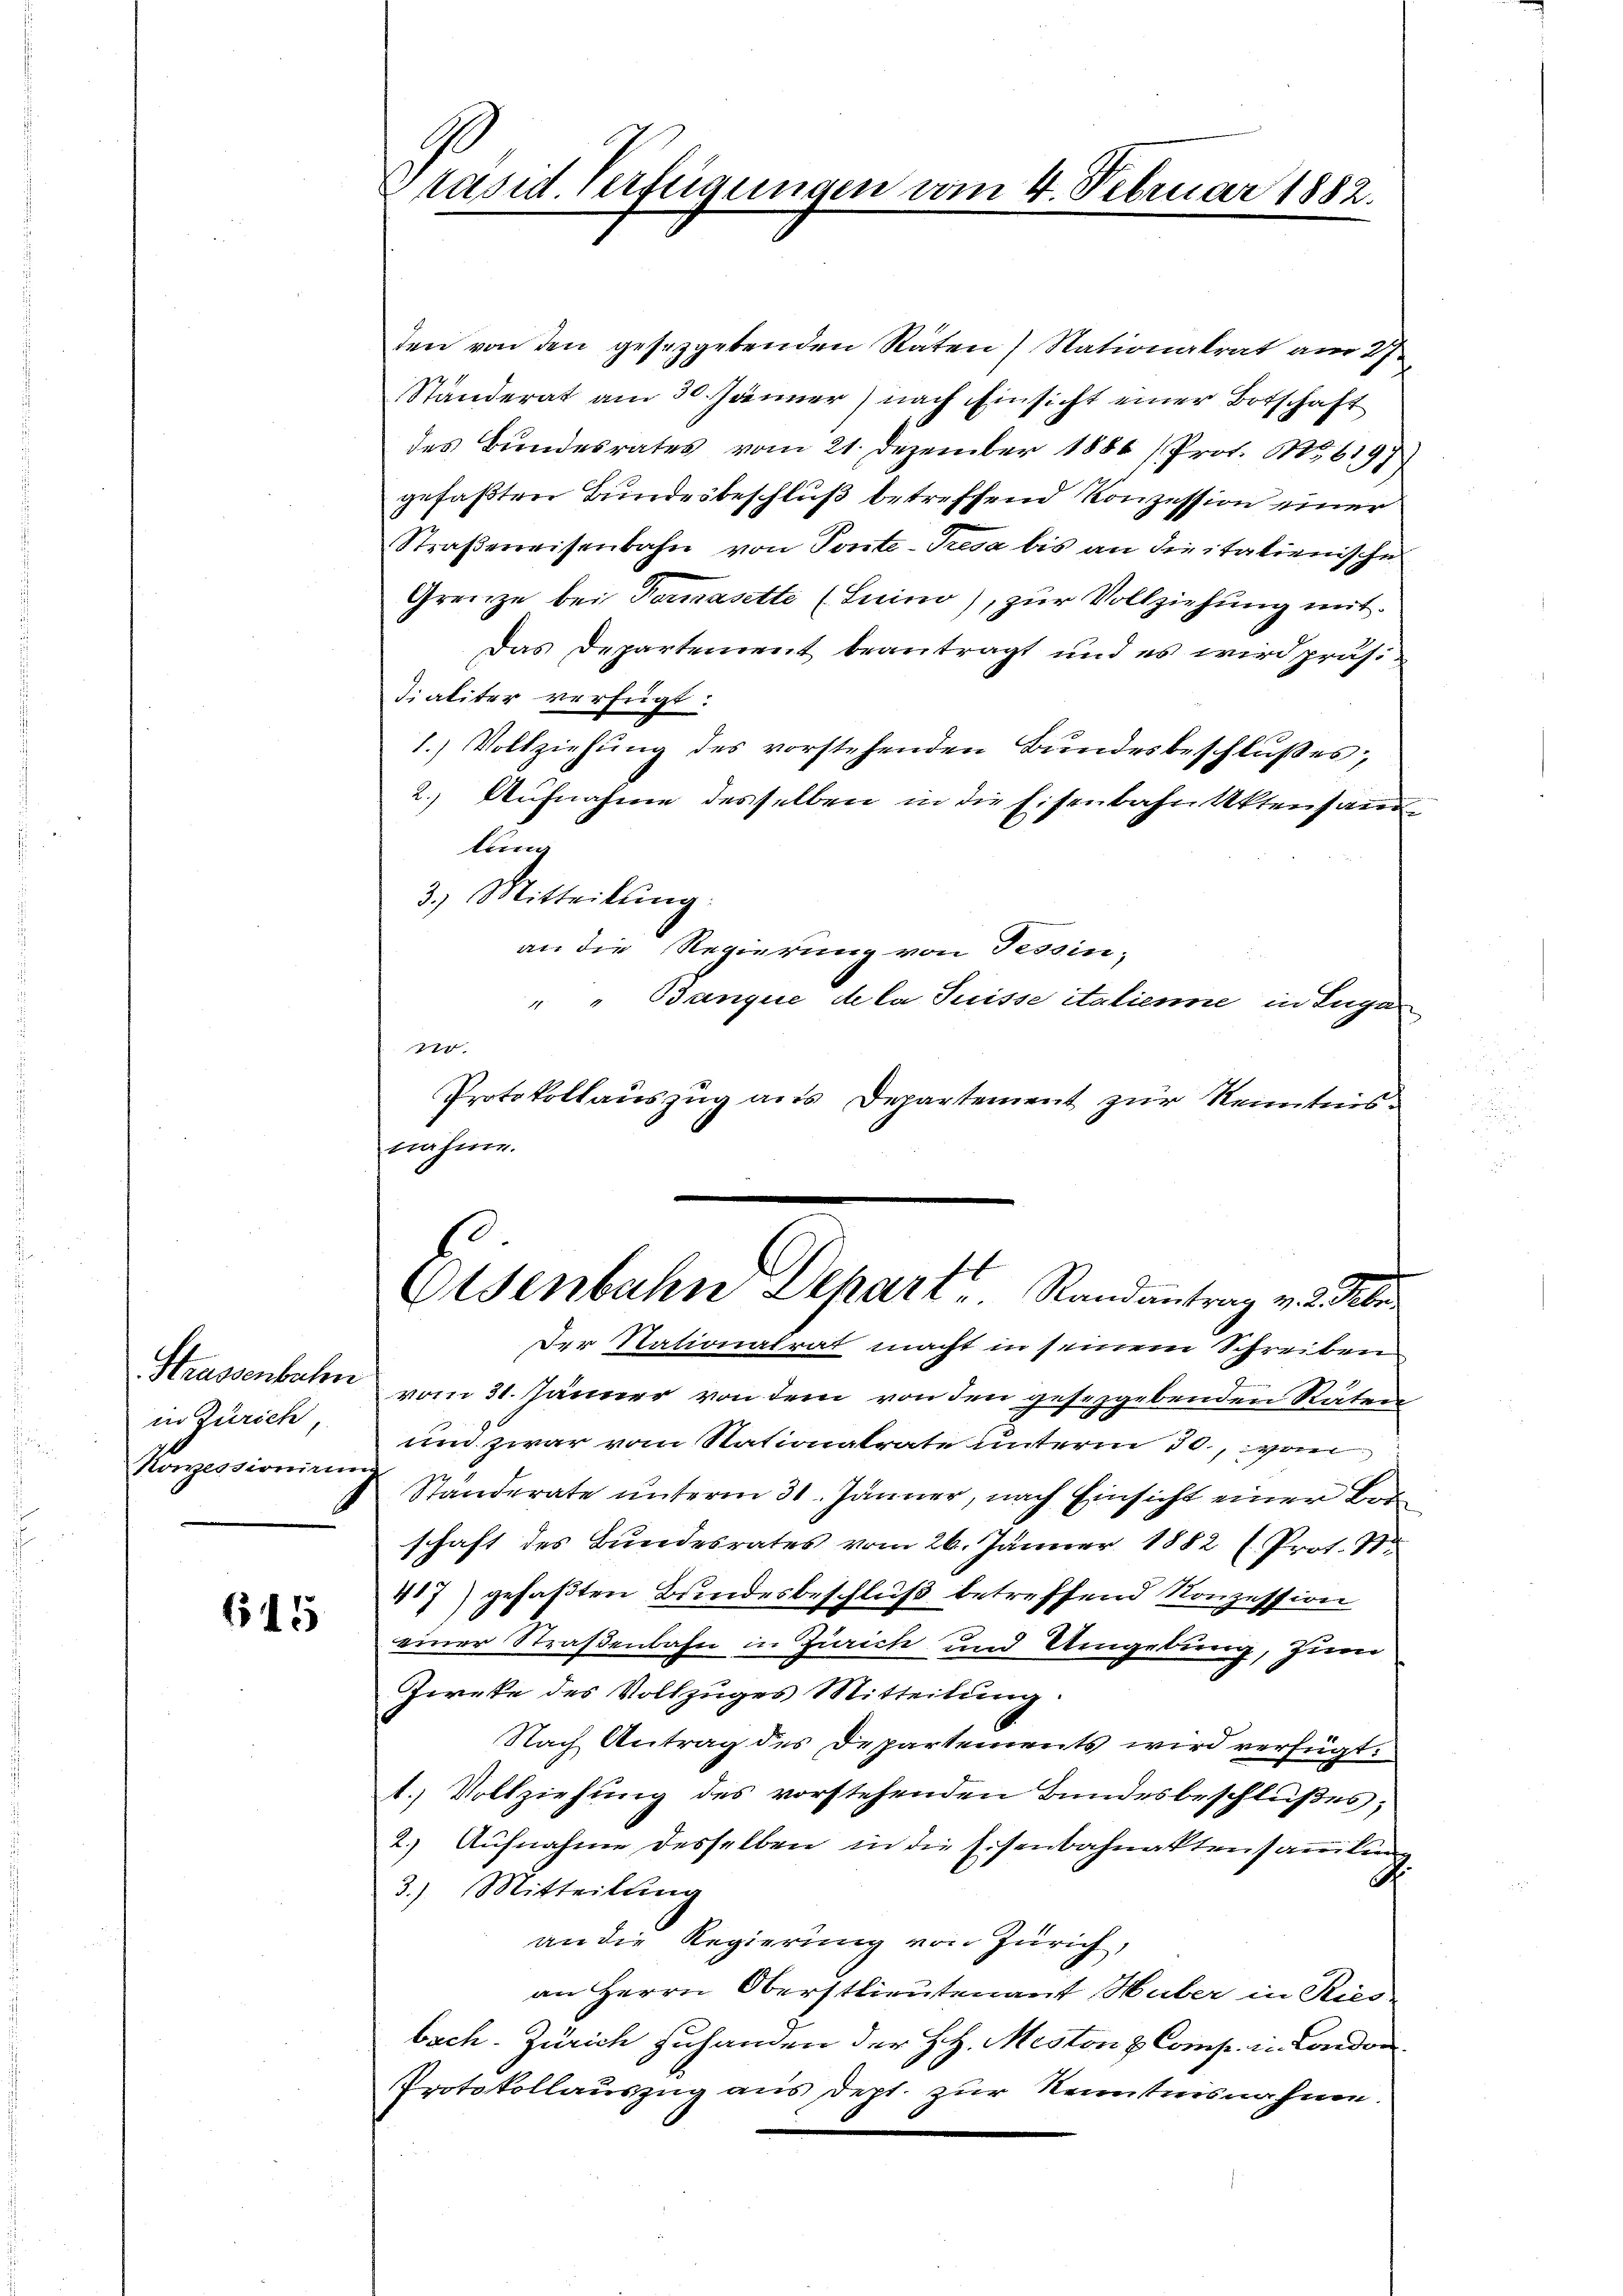
Strassenbahn
in Zürich,
Konzessionirun

615

9
räsid. Verfügungen vom 4. Februar 1882.

den von den gesezgetenden Räten Nationalrat am 27.
Ständerat am 30. Jänner) nach Einsicht einer Botschaft
des Bundesrates vom 21. Dezember 1886 (Prof. No. 6197
gefaßten Bundesbeschluß betreffend Konzession einer
Straßerweisenbahn von Ponte-Tresa bis an die italienische
Grenze bei Vermasette (Suino), zur Vollziehung mit
Das Departement beantragt und es wird präsi
Fialiter verfügt:
1.) Vollziehŭng des vorstehenden Bŭndesbeschlußes,
2. Aufnahme desselben in die Eisenbahn Aktensanlung
3.) Mitteilung.
an die Regierung von Tessin,
" " Banque de la Suisse italienne in Lugan
20.
Protokollauszug aus Departement zur Kenntnisnähmen.
l
Elsenbahn Depart. Randantrag v. 2. Febr
Der Nationalrat macht in seinem Schreiben
vom 31. Jänner von dem von den gesetzgebenden Räten
um zwar vom Stationalrate unterm 30., von
Standerate unterm 31. Jänner, nach Einsicht einer Bor
schaft des Bundesrates vom 26. Jänner 1882 l. Prot. S
407) gefaßten Bundesbeschluß betreffend Konzession
einer Straßenbahn in Zürich und Umgebung, zum
Zweke des Vollzuges Mitteilung.
Nach Antrag des Departements wird verfügt:
1.) Vollziehung des vorstehenden Bundesbeschlußes,
2.) Aufnahme desselben in die Eisenbahnaktensareilun
.
3.) Mitteilung
an die Regierung von Zürich,
an Herrn Oberstlieutenant Huber in Ries-
bach. Zürich zuhanden der HH. Meston & Comp. in London
Protokollauszug aus dept. zur Kenntnisnahme.